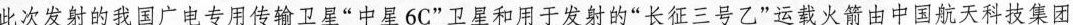
此次发射的我国广电专用传输卫星“中星6C”卫星和用于发射的”长征三号乙”运载火箭由中国航天科技集团